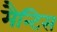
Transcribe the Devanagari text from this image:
मैन्टिस